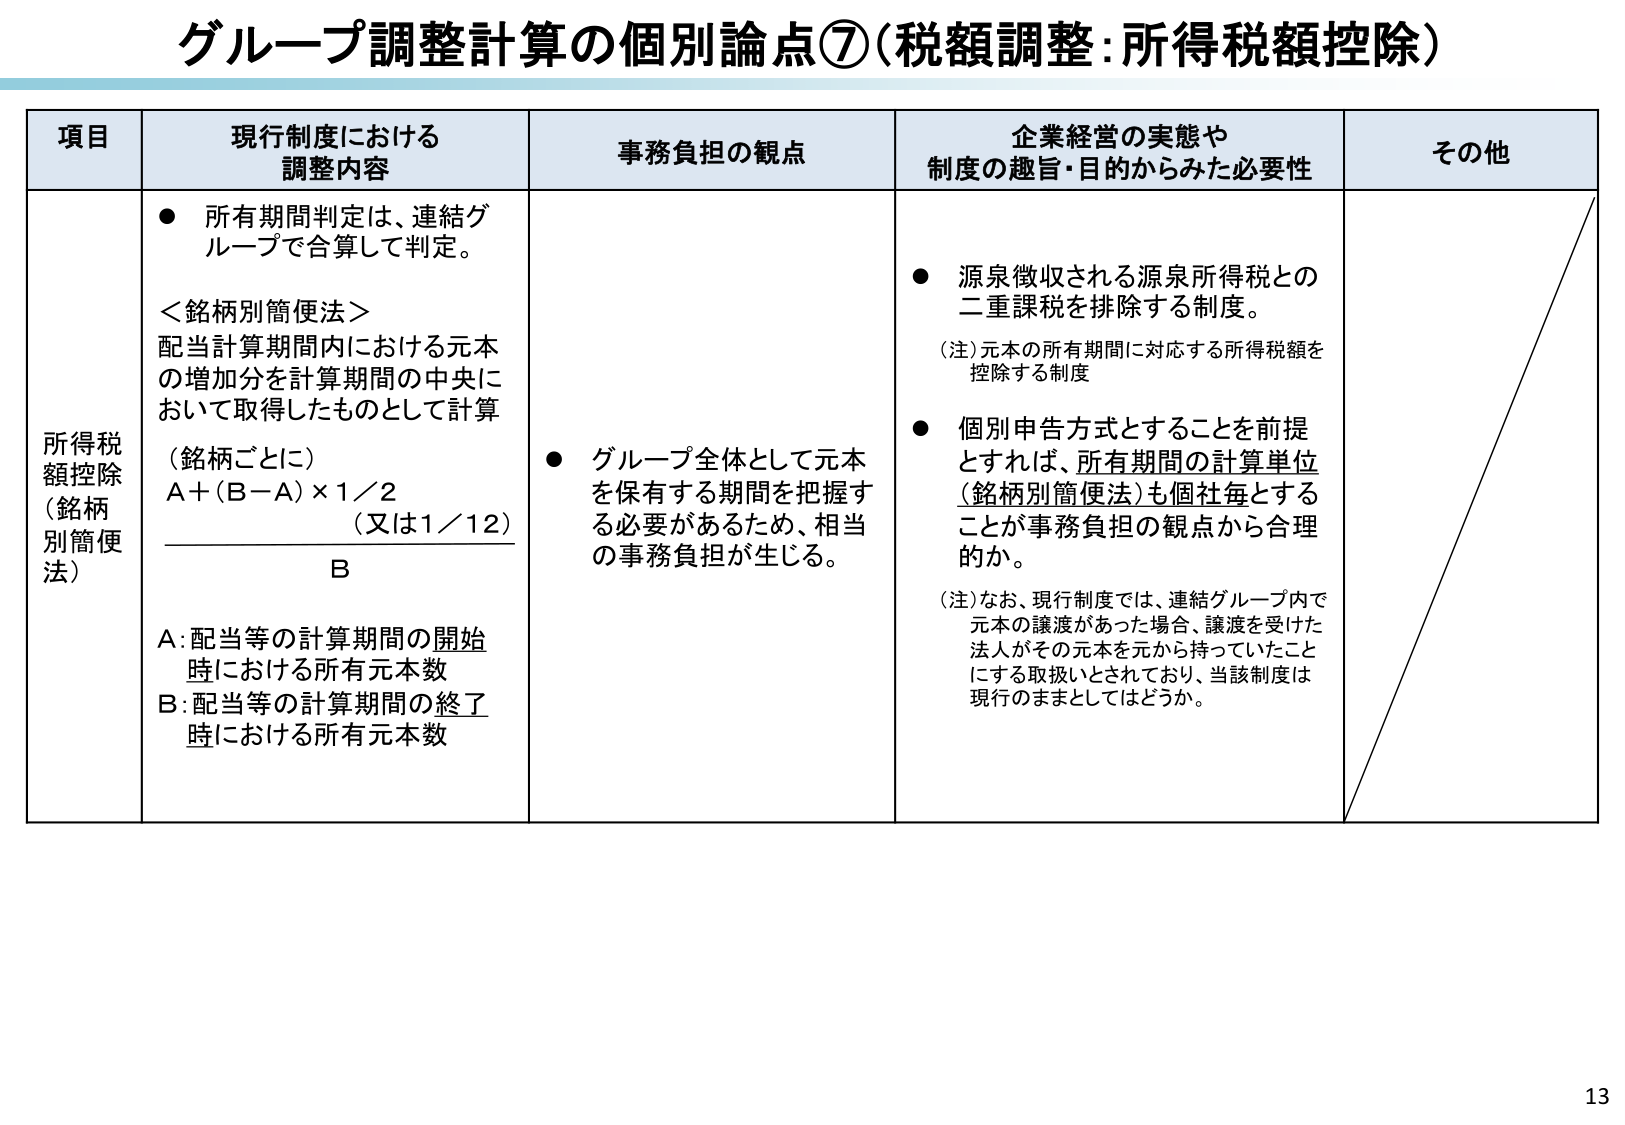
グループ調整計算の個別論点⑦（税額調整：所得税額控除）

項目 現行制度における調整内容 事務負担の観点 企業経営の実態や制度の趣旨・目的からみた必要性 その他

所得税額控除（銘柄別簡便法）

● 所有期間判定は、連結グループで合算して判定。

＜銘柄別簡便法＞
配当計算期間内における元本の増加分を計算期間の中央において取得したものとして計算
（銘柄ごとに）
A＋（B－A）×1／2 （又は1／12）
B

A：配当等の計算期間の開始時における所有元本数
B：配当等の計算期間の終了時における所有元本数

● グループ全体として元本を保有する期間を把握する必要があるため、相当の事務負担が生じる。

● 源泉徴収される源泉所得税との二重課税を排除する制度。
（注）元本の所有期間に対応する所得税額を控除する制度

● 個別申告方式とすることを前提とすれば、所有期間の計算単位（銘柄別簡便法）も個社毎とすることが事務負担の観点から合理的か。

（注）なお、現行制度では、連結グループ内で元本の譲渡があった場合、譲渡を受けた法人がその元本を元から持っていたこととする取扱いとされており、当該制度は現行のままとしてはどうか。

13